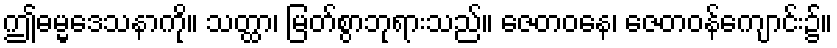
ဤဓမ္မဒေသနာကို။ သတ္ထာ၊ မြတ်စွာဘုရားသည်။ ဇေတဝနေ၊ ဇေတဝန်ကျောင်း၌။